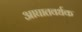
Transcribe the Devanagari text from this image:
आघातवर्धक